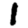
Digit: 1